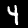
Label: 4